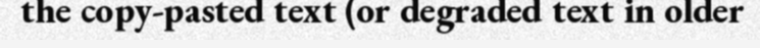
the copy-pasted text (or degraded text in older